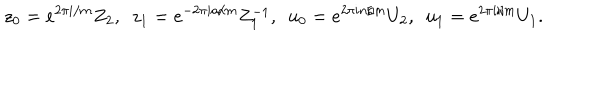
z _ { 0 } = e ^ { 2 \pi i / m } Z _ { 2 } , ~ ~ z _ { 1 } = e ^ { - 2 \pi i a / m } Z _ { 1 } ^ { - 1 } , ~ ~ u _ { 0 } = e ^ { 2 \pi i n / m } U _ { 2 } , ~ ~ u _ { 1 } = e ^ { 2 \pi i / m } U _ { 1 } .